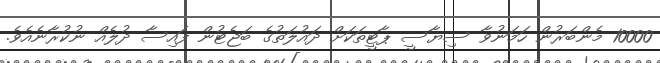
10000 މެންބަރުން ހަމަނުވާ ސިޔާސީ ޕާޓީތަކަށް ދައުލަތުގެ ބަޖެޓުން ފައިސާ ދުލެއް ނުކުރާނެއެވެ.